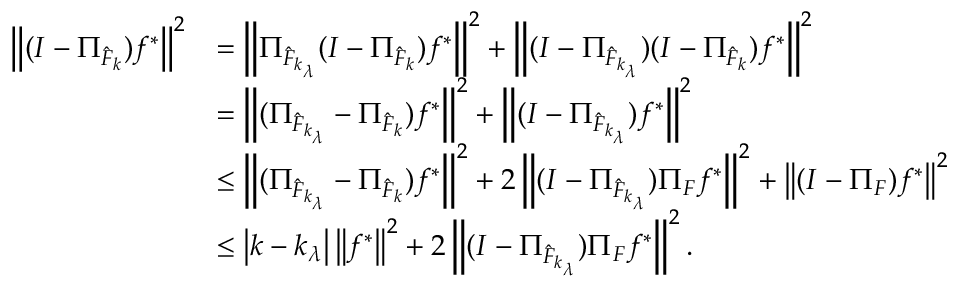
\begin{array} { r l } { \left\| ( I - \Pi _ { \hat { \cal F } _ { k } } ) f ^ { * } \right\| ^ { 2 } } & { = \left\| \Pi _ { \hat { \cal F } _ { k _ { \lambda } } } ( I - \Pi _ { \hat { \cal F } _ { k } } ) f ^ { * } \right\| ^ { 2 } + \left\| ( I - \Pi _ { \hat { \cal F } _ { k _ { \lambda } } } ) ( I - \Pi _ { \hat { \cal F } _ { k } } ) f ^ { * } \right\| ^ { 2 } } \\ & { = \left\| ( \Pi _ { \hat { \cal F } _ { k _ { \lambda } } } - \Pi _ { \hat { \cal F } _ { k } } ) f ^ { * } \right\| ^ { 2 } + \left\| ( I - \Pi _ { \hat { \cal F } _ { k _ { \lambda } } } ) f ^ { * } \right\| ^ { 2 } } \\ & { \leq \left\| ( \Pi _ { \hat { \cal F } _ { k _ { \lambda } } } - \Pi _ { \hat { \cal F } _ { k } } ) f ^ { * } \right\| ^ { 2 } + 2 \left\| ( I - \Pi _ { \hat { \cal F } _ { k _ { \lambda } } } ) \Pi _ { \cal F } f ^ { * } \right\| ^ { 2 } + \left\| ( I - \Pi _ { \cal F } ) f ^ { * } \right\| ^ { 2 } } \\ & { \leq \left| k - k _ { \lambda } \right| \left\| f ^ { * } \right\| ^ { 2 } + 2 \left\| ( I - \Pi _ { \hat { \cal F } _ { k _ { \lambda } } } ) \Pi _ { \cal F } f ^ { * } \right\| ^ { 2 } . } \end{array}